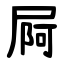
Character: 屙